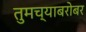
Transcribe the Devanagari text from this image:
तुमच्याबरोबर